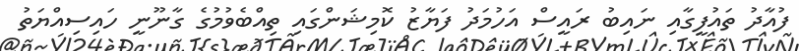
ފުއާދު ތައުފީގާއި ނައިބު ރައީސް އަހުމަދު ފަޔާޒު ކޮމިޝަންގައި ތިއްބެވުމުގެ ގާނޫނީ ހައިސިއްޔަތު